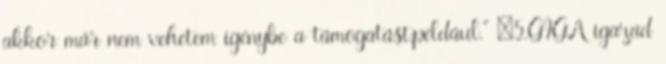
akkor már nem vehetem igénybe a támogatást,például.” „5.GIGA igazad